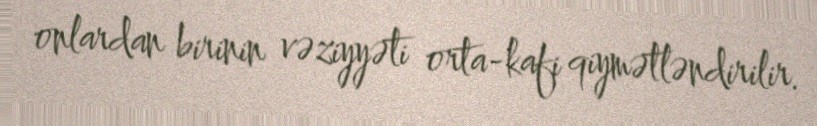
onlardan birinin vəziyyəti orta-kafi qiymətləndirilir.